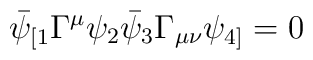
\bar{\psi}_{[1} \Gamma^\mu \psi_2 \bar{\psi}_3 \Gamma_{\mu \nu}\psi_{4]} = 0